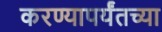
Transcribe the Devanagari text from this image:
करण्यापर्यंतच्या